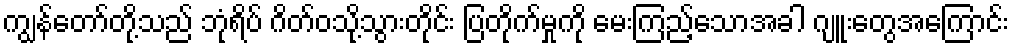
ကျွန်တော်တို့သည် ဘုံရိပ် ဂိတ်ဝသို့သွားတိုင်း ပြတိုက်မှုကို မေးကြည့်သောအခါ ဂျူးတွေအကြောင်း